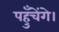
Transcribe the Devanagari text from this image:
पहुँचेंगे।